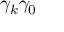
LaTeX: \gamma _ { k } \gamma _ { 0 }